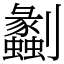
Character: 劙